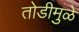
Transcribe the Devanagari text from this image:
तोडीमुळे